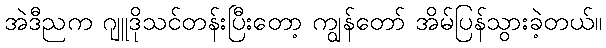
အဲဒီညက ဂျူဒိုသင်တန်းပြီးတော့ ကျွန်တော် အိမ်ပြန်သွားခဲ့တယ်။